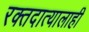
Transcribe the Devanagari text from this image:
रक्तदात्यालाही